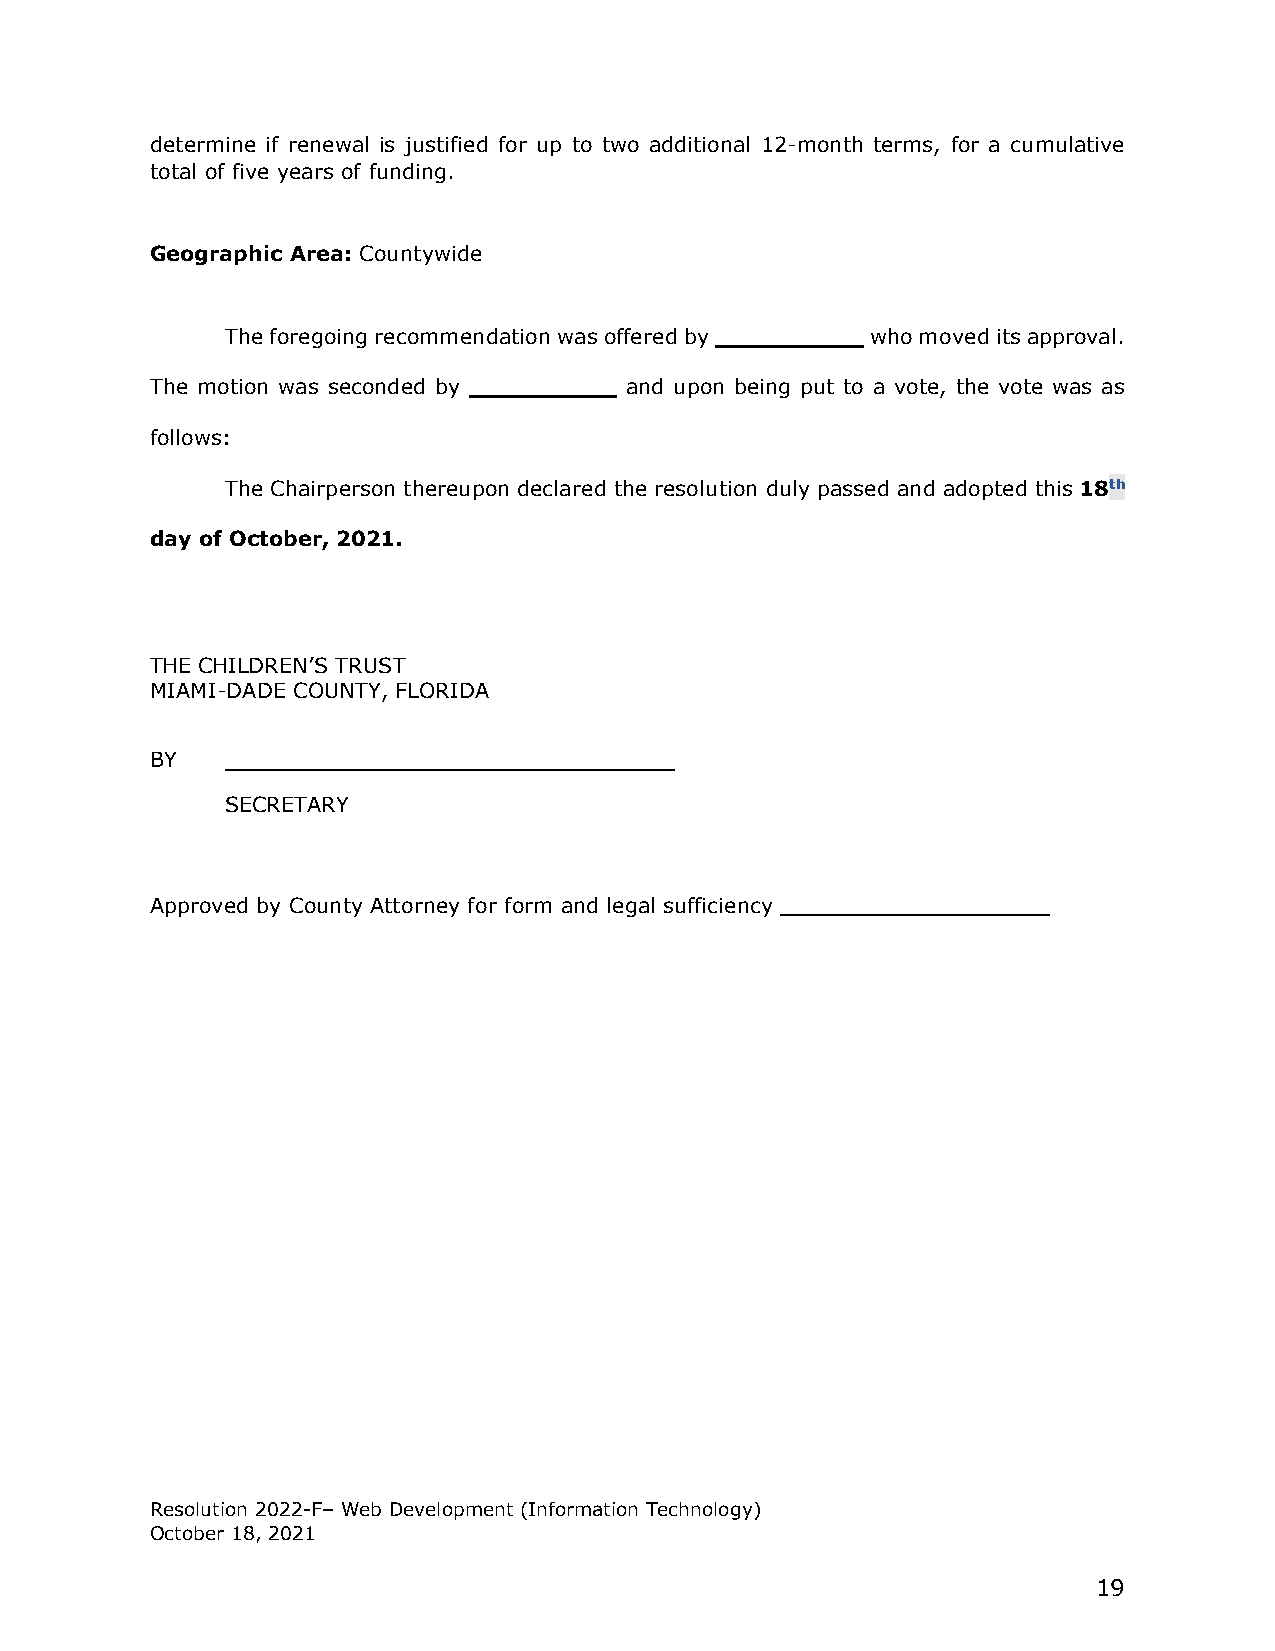
determine if renewal is justified for up to two additional 12-month terms, for a cumulative
 total of five years of funding.
 Geographic Area: Countywide
 The foregoing recommendation was offered by __________ who moved its approval.
 The motion was seconded by __________ and upon being put to a vote, the vote was as
 follows:
 The Chairperson thereupon declared the resolution duly passed and adopted this 18th
 day of October, 2021.
 THE CHILDREN’S TRUST
 MIAMI-DADE COUNTY, FLORIDA
 BY
 SECRETARY
 Approved by County Attorney for form and legal sufficiency
 Resolution 2022-F– Web Development (Information Technology)
 October 18, 2021
 19